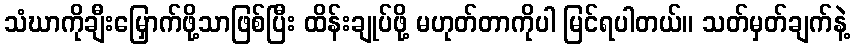
သံဃာကိုချီးမြှောက်ဖို့သာဖြစ်ပြီး ထိန်းချုပ်ဖို့ မဟုတ်တာကိုပါ မြင်ရပါတယ်။ သတ်မှတ်ချက်နဲ့